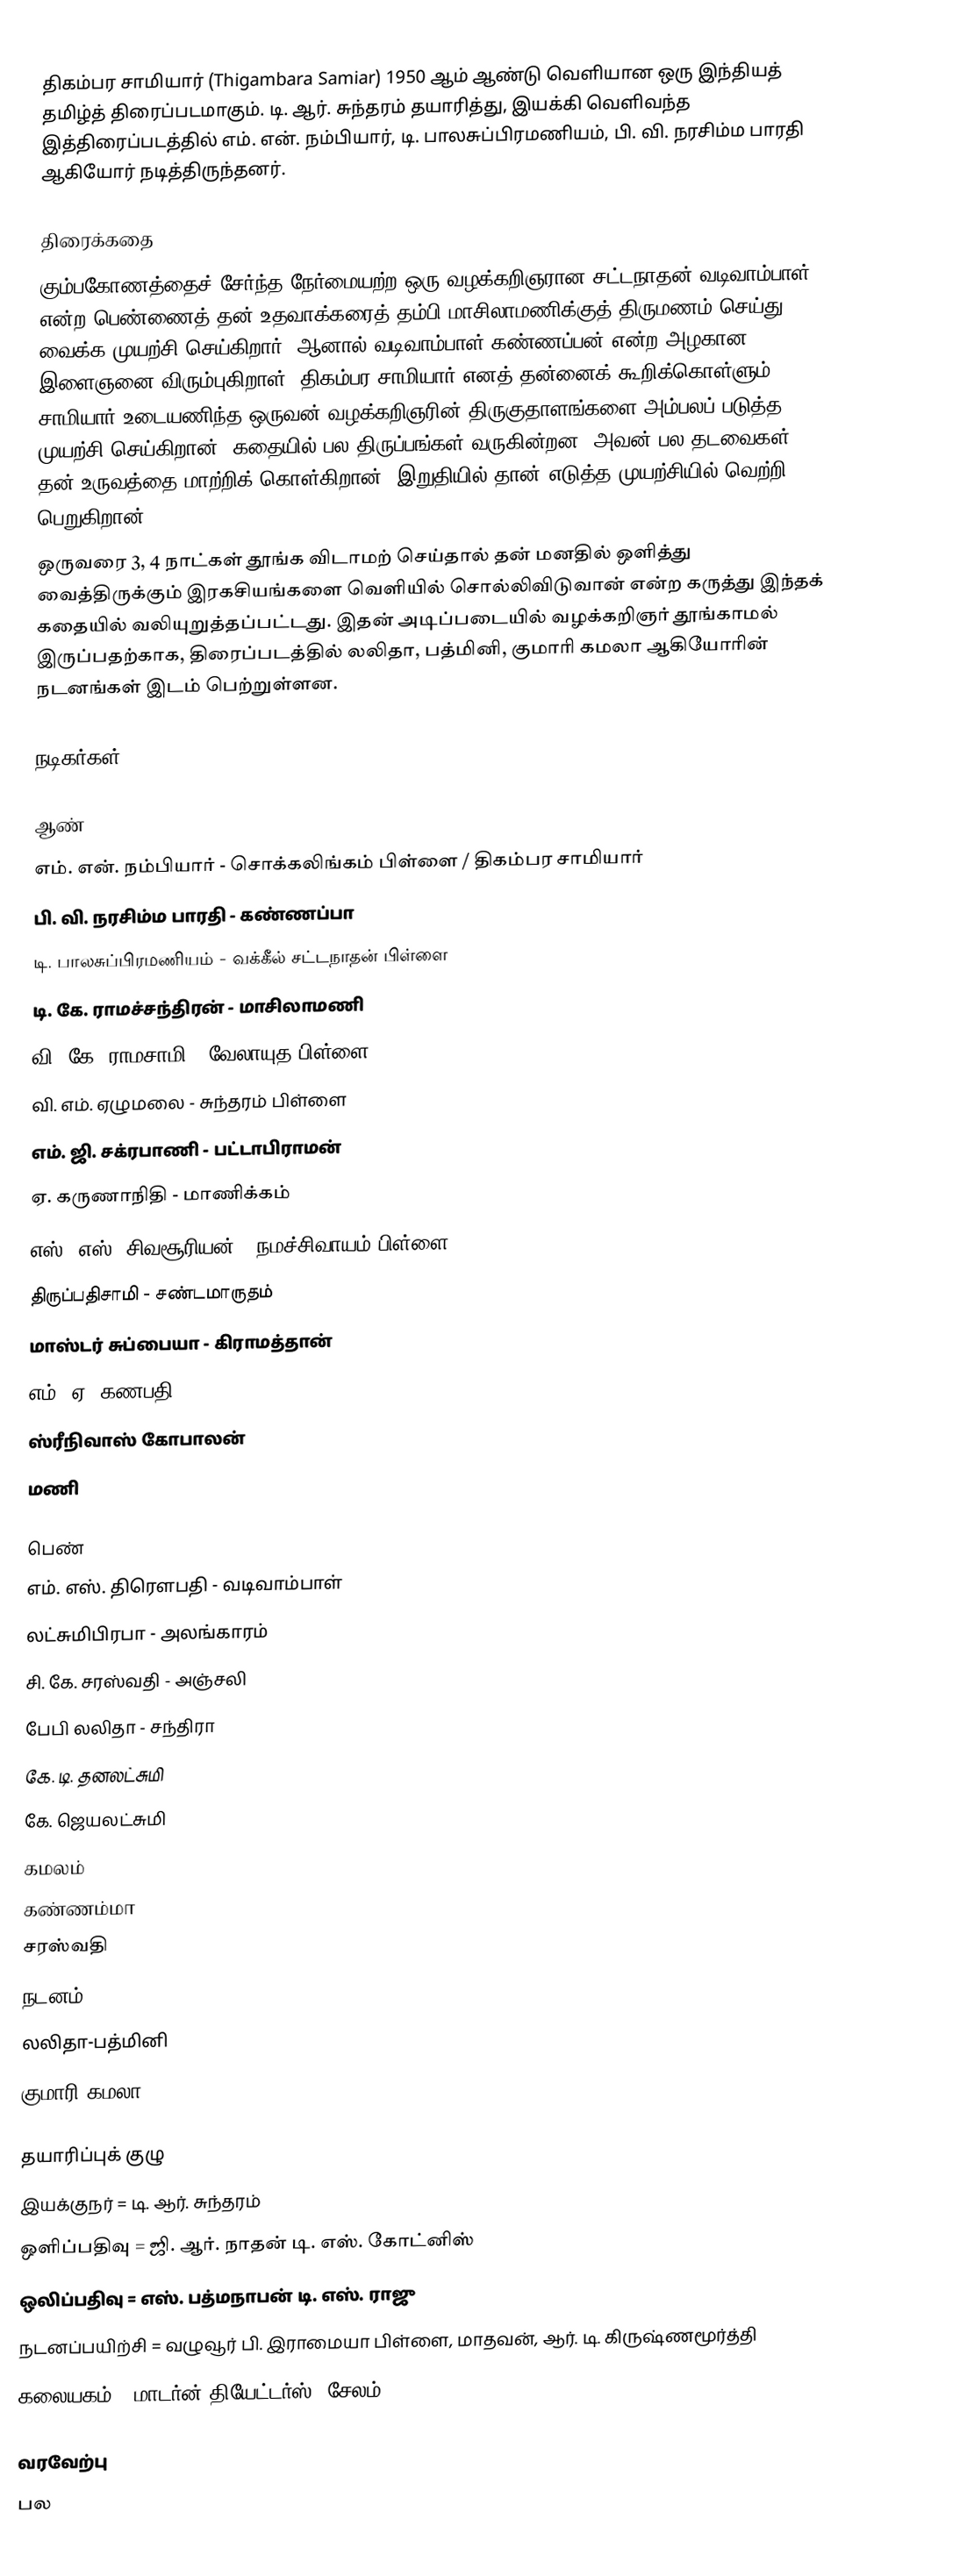
திகம்பர சாமியார் (Thigambara Samiar) 1950 ஆம் ஆண்டு வெளியான ஒரு இந்தியத் தமிழ்த் திரைப்படமாகும். டி. ஆர். சுந்தரம் தயாரித்து, இயக்கி வெளிவந்த இத்திரைப்படத்தில்  எம். என். நம்பியார், டி. பாலசுப்பிரமணியம், பி. வி. நரசிம்ம பாரதி ஆகியோர் நடித்திருந்தனர்.

திரைக்கதை
கும்பகோணத்தைச் சேர்ந்த நேர்மையற்ற ஒரு வழக்கறிஞரான சட்டநாதன் வடிவாம்பாள் என்ற பெண்ணைத் தன் உதவாக்கரைத் தம்பி மாசிலாமணிக்குத் திருமணம் செய்து வைக்க முயற்சி செய்கிறார். ஆனால் வடிவாம்பாள் கண்ணப்பன் என்ற அழகான இளைஞனை விரும்புகிறாள். திகம்பர சாமியார் எனத் தன்னைக் கூறிக்கொள்ளும் சாமியார் உடையணிந்த ஒருவன் வழக்கறிஞரின் திருகுதாளங்களை அம்பலப் படுத்த முயற்சி செய்கிறான். கதையில் பல திருப்பங்கள் வருகின்றன. அவன் பல தடவைகள் தன் உருவத்தை மாற்றிக் கொள்கிறான். இறுதியில் தான் எடுத்த முயற்சியில் வெற்றி பெறுகிறான்.
ஒருவரை 3, 4 நாட்கள் தூங்க விடாமற் செய்தால் தன் மனதில் ஒளித்து வைத்திருக்கும் இரகசியங்களை வெளியில் சொல்லிவிடுவான் என்ற கருத்து இந்தக் கதையில் வலியுறுத்தப்பட்டது. இதன் அடிப்படையில் வழக்கறிஞர் தூங்காமல் இருப்பதற்காக, திரைப்படத்தில் லலிதா, பத்மினி, குமாரி கமலா ஆகியோரின் நடனங்கள் இடம் பெற்றுள்ளன.

நடிகர்கள்

ஆண்
 எம். என். நம்பியார் - சொக்கலிங்கம் பிள்ளை / திகம்பர சாமியார்
 பி. வி. நரசிம்ம பாரதி - கண்ணப்பா
 டி. பாலசுப்பிரமணியம் - வக்கீல் சட்டநாதன் பிள்ளை
 டி. கே. ராமச்சந்திரன் - மாசிலாமணி
 வி. கே. ராமசாமி - வேலாயுத பிள்ளை
 வி. எம். ஏழுமலை - சுந்தரம் பிள்ளை
 எம். ஜி. சக்ரபாணி - பட்டாபிராமன்
 ஏ. கருணாநிதி - மாணிக்கம்
 எஸ். எஸ். சிவசூரியன் - நமச்சிவாயம் பிள்ளை
 திருப்பதிசாமி - சண்டமாருதம்
 மாஸ்டர் சுப்பையா - கிராமத்தான்
 எம். ஏ. கணபதி
 ஸ்ரீநிவாஸ் கோபாலன்
 மணி

பெண்
 எம். எஸ். திரௌபதி - வடிவாம்பாள்
 லட்சுமிபிரபா - அலங்காரம்
 சி. கே. சரஸ்வதி - அஞ்சலி
 பேபி லலிதா - சந்திரா
 கே. டி. தனலட்சுமி
 கே. ஜெயலட்சுமி
 கமலம்
 கண்ணம்மா
 சரஸ்வதி
நடனம்
 லலிதா-பத்மினி
 குமாரி கமலா

தயாரிப்புக் குழு
 இயக்குநர் = டி. ஆர். சுந்தரம்
 ஒளிப்பதிவு = ஜி. ஆர். நாதன்  டி. எஸ். கோட்னிஸ்
 ஒலிப்பதிவு = எஸ். பத்மநாபன் டி. எஸ். ராஜு
 நடனப்பயிற்சி = வழுவூர் பி. இராமையா பிள்ளை, மாதவன், ஆர். டி. கிருஷ்ணமூர்த்தி
 கலையகம் = மாடர்ன் தியேட்டர்ஸ், சேலம்

வரவேற்பு
பல